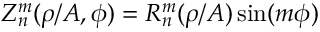
Z _ { n } ^ { m } ( \rho / A , \phi ) = R _ { n } ^ { m } ( \rho / A ) \sin ( m \phi )